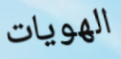
الهويات